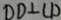
O D \bot C D